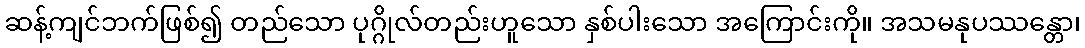
ဆန့်ကျင်ဘက်ဖြစ်၍ တည်သော ပုဂ္ဂိုလ်တည်းဟူသော နှစ်ပါးသော အကြောင်းကို။ အသမနုပဿန္တော၊